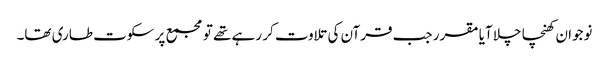
نوجوان کھنچا چلا آیا مقرر جب قرآن کی تلاوت کر رہے تھے تو مجمع پر سکوت طاری تھا۔